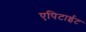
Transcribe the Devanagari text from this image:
एपिटाईट